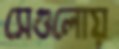
সেগুলোয়